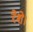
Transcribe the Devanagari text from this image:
रेशे।